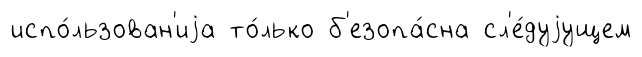
испо́льзован'иjа то́лько б'езопа́сна сл'е́дуjущем